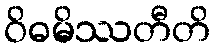
ဝိဓမိဿတီတိ